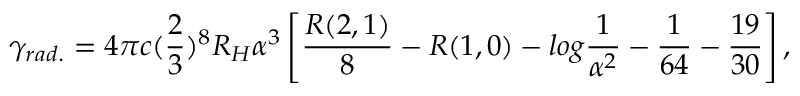
\gamma _ { r a d . } = 4 \pi c ( \frac { 2 } { 3 } ) ^ { 8 } R _ { H } \alpha ^ { 3 } \left[ \frac { R ( 2 , 1 ) } { 8 } - R ( 1 , 0 ) - l o g \frac { 1 } { \alpha ^ { 2 } } - \frac { 1 } { 6 4 } - \frac { 1 9 } { 3 0 } \right] ,